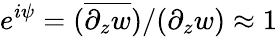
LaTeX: e^{i\psi}=(\overline{{\partial_{z}w}})/(\partial_{z}w)\approx 1